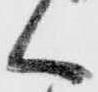
く